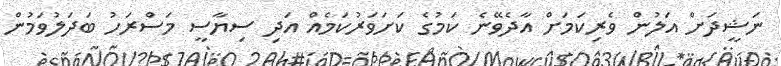
ނަޝީދަށް އަލުން ވެރިކަމަށް އާދެވޭނެ ކަމުގެ ކަށަވަރުކަމެއް އަދި ސިޔާސީ މަސްރަހު ބަދަލުވަމުން